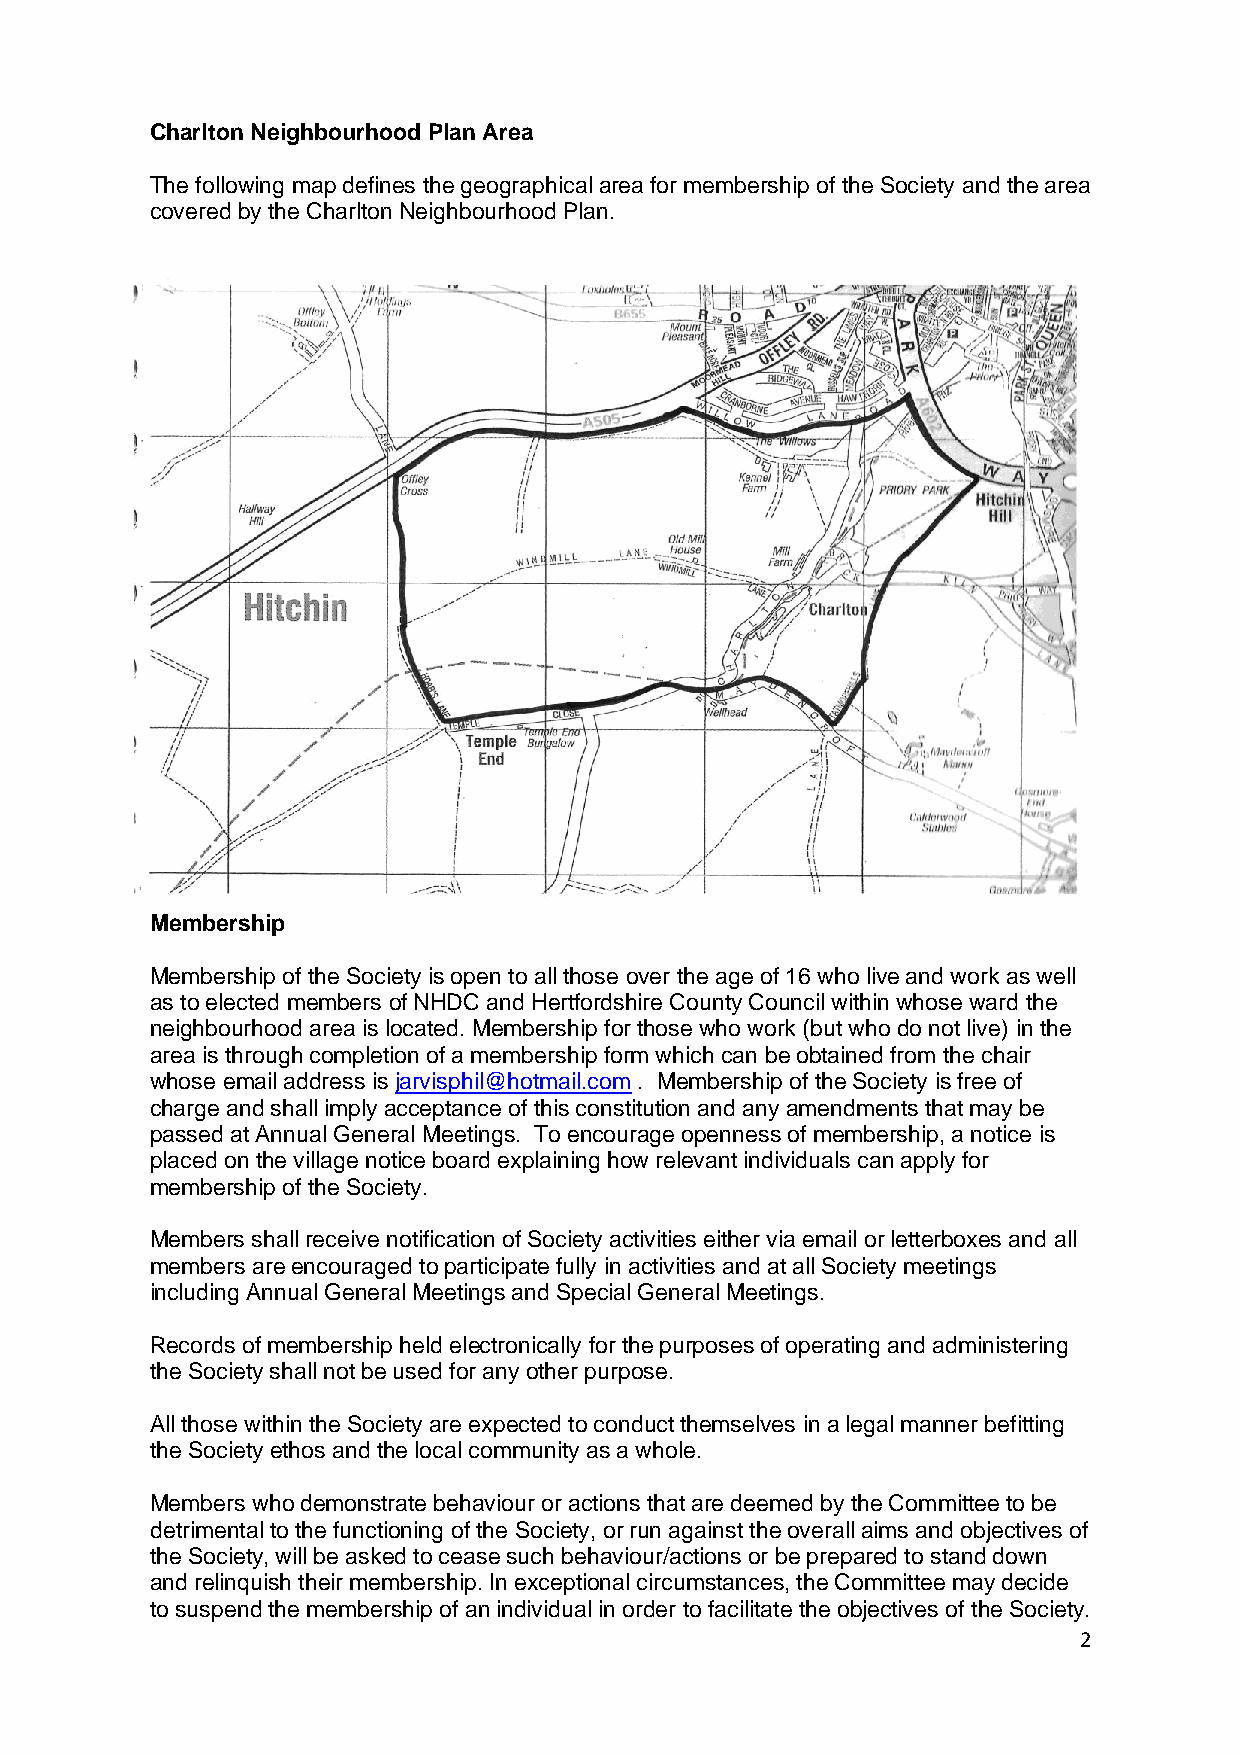
Charlton Neighbourhood Plan Area
 The following map defines the geographical area for membership of the Society and the area
 covered by the Charlton Neighbourhood Plan.
 Membership
 Membership of the Society is open to all those over the age of 16 who live and work as well
 as to elected members of NHDC and Hertfordshire County Council within whose ward the
 neighbourhood area is located. Membership for those who work (but who do not live) in the
 area is through completion of a membership form which can be obtained from the chair
 whose email address is jarvisphil@hotmail.com . Membership of the Society is free of
 charge and shall imply acceptance of this constitution and any amendments that may be
 passed at Annual General Meetings. To encourage openness of membership, a notice is
 placed on the village notice board explaining how relevant individuals can apply for
 membership of the Society.
 Members shall receive notification of Society activities either via email or letterboxes and all
 members are encouraged to participate fully in activities and at all Society meetings
 including Annual General Meetings and Special General Meetings.
 Records of membership held electronically for the purposes of operating and administering
 the Society shall not be used for any other purpose.
 All those within the Society are expected to conduct themselves in a legal manner befitting
 the Society ethos and the local community as a whole.
 Members who demonstrate behaviour or actions that are deemed by the Committee to be
 detrimental to the functioning of the Society, or run against the overall aims and objectives of
 the Society, will be asked to cease such behaviour/actions or be prepared to stand down
 and relinquish their membership. In exceptional circumstances, the Committee may decide
 to suspend the membership of an individual in order to facilitate the objectives of the Society.
 2